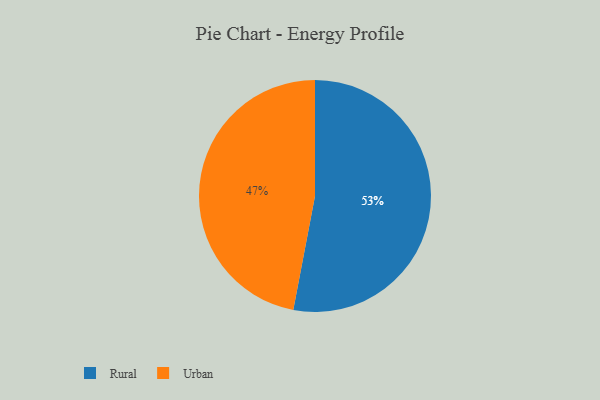
{"axis": {"x": "Category", "y": "Percentage"}, "legend": ["Rural", "Urban"], "data": [{"x": "Urban", "y": 47, "type": "Urban"}, {"x": "Rural", "y": 53, "type": "Rural"}]}